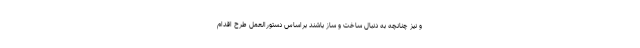
و نیز چنانچه به دنبال ساخت و ساز باشند براساس دستورالعمل طرح اقدام